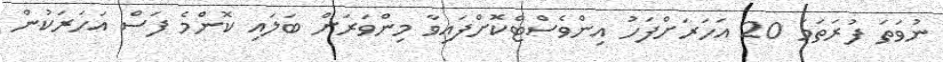
ނުވަތަ ފުރަތަމަ 20 އަހަރަށްފަހު އިންވެސްޓްކޮށްފައިވާ މިންވަރަށް ބަލައި ކޮންމެ ފަސް އަހަރަކުން